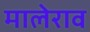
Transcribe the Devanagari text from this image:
मालेराव